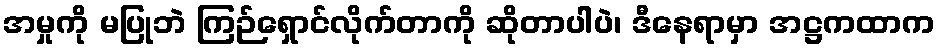
အမှုကို မပြုဘဲ ကြဉ်ရှောင်လိုက်တာကို ဆိုတာပါပဲ၊ ဒီနေရာမှာ အဋ္ဌကထာက